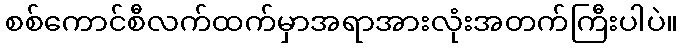
စစ်ကောင်စီလက်ထက်မှာအရာအားလုံးအတက်ကြီးပါပဲ။